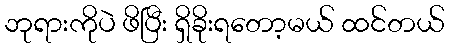
ဘုရားကိုပဲ ဖိပြီး ရှိခိုးရတော့မယ် ထင်တယ်